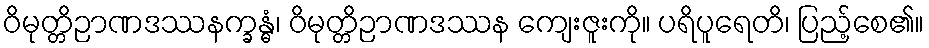
ဝိမုတ္တိဉာဏဒဿနက္ခန္ဓံ၊ ဝိမုတ္တိဉာဏဒဿန ကျေးဇူးကို။ ပရိပူရေတိ၊ ပြည့်စေ၏။